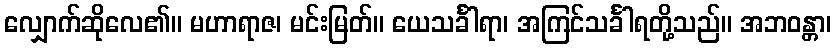
လျှောက်ဆိုလေ၏။ မဟာရာဇ၊ မင်းမြတ်။ ယေသင်္ခါရာ၊ အကြင်သင်္ခါရတို့သည်။ အဘဝန္တာ၊